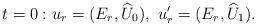
LaTeX: \begin{align*}t=0:u_r = (E_r, \widehat U_0), \ u_r '= (E_r, \widehat U_1).\end{align*}